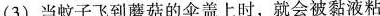
(3)当蚊子飞到蘑菇的伞盖上时，就会被黏液粘